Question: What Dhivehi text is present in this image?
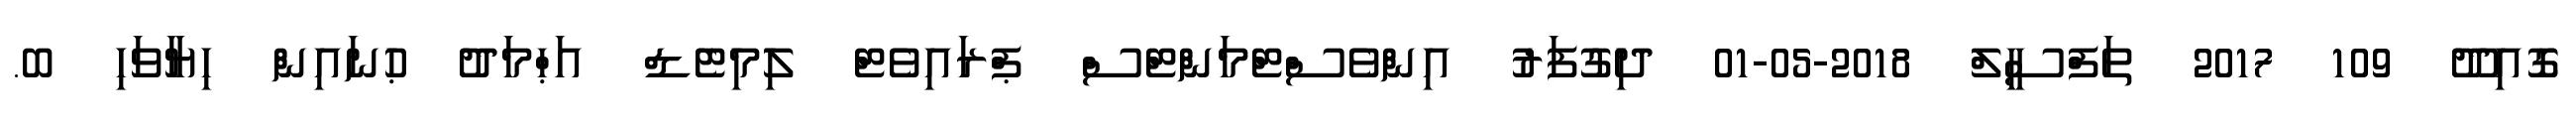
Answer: ގޮއިދޫ 109 2017 ތަފްސީލް 2018-05-01 ދިގުފަރު އިންވެސްޓްމަންޓްސް ޕްރައިވެޓް ލިމިޓެޑް އަޙްމަދު ޙުނައިން ހިޔާވަހި ބ.